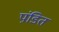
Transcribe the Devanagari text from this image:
पंडि़त